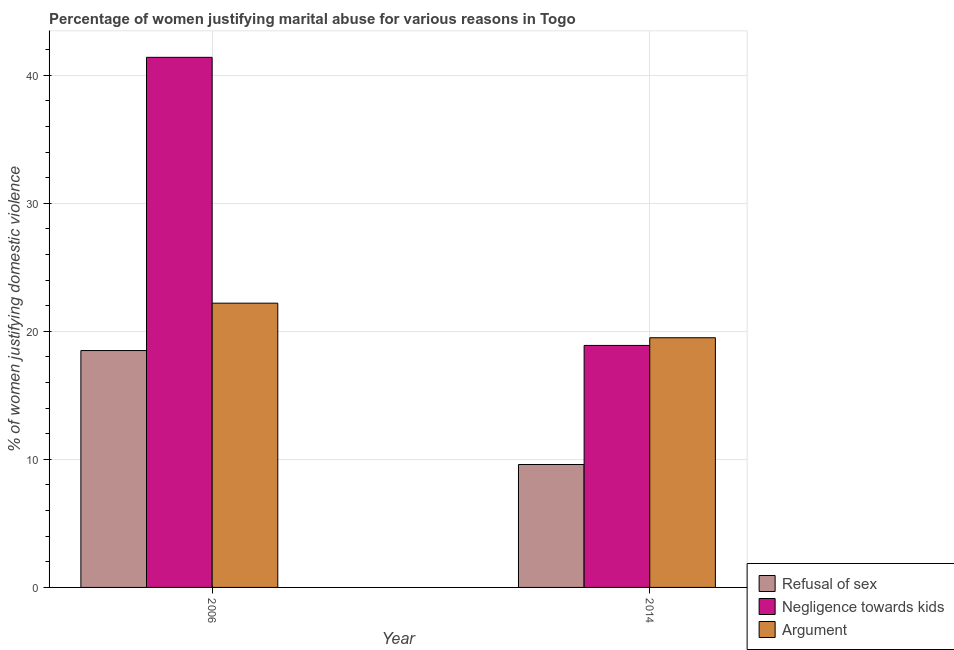
| Year | Refusal of sex | Negligence towards kids | Argument |
 | --- | --- | --- | --- |
 | 2006 | 18.5 | 41.4 | 22.2 |
 | 2014 | 9.6 | 18.9 | 19.5 |